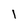
Character: i